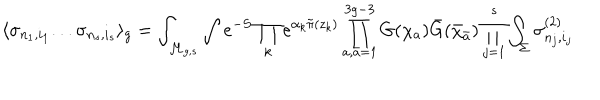
LaTeX: \langle \sigma _ { n _ { 1 } , i _ { 1 } } . . . \sigma _ { n _ { s } , i _ { s } } \rangle _ { g } = \int _ { { \cal M } _ { g , s } } \int e ^ { - S } \prod _ { k } e ^ { \alpha _ { k } { \tilde { \pi } } ( z _ { k } ) } \prod _ { a , { \bar { a } } = 1 } ^ { 3 g - 3 } G ( \chi _ { a } ) { \bar { G } } ( { \bar { \chi } } _ { \bar { a } } ) \prod _ { j = 1 } ^ { s } \int _ { \Sigma } \sigma _ { n _ { j } , i _ { j } } ^ { ( 2 ) }